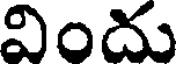
విందు